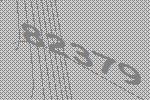
82379